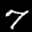
Label: 7